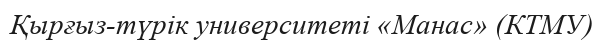
Қырғыз-түрік университеті «Манас» (КТМУ)